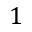
1